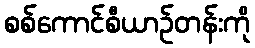
စစ်ကောင်စီယာဉ်တန်းကို